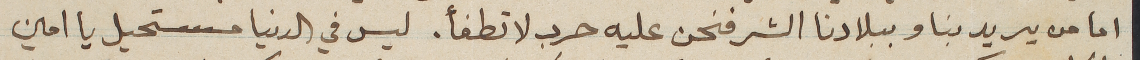
اما من يريد بنا وببلادنا الشر فنحن عليه حرب لا تطفأ. ليس في الدنيا مستحيل يا امين